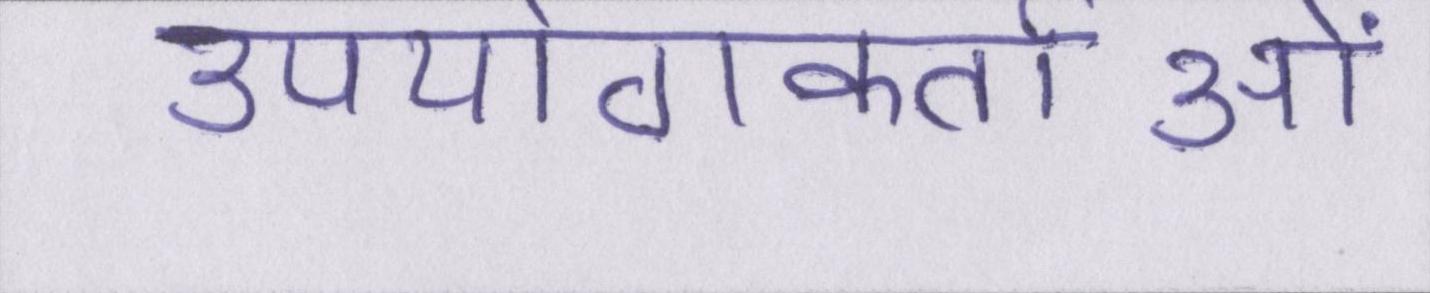
उपयोगकर्ताओं